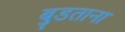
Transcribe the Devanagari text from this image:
बुडताना